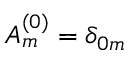
A _ { m } ^ { ( 0 ) } = \delta _ { 0 m }